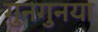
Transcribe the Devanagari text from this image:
गुनगुनया